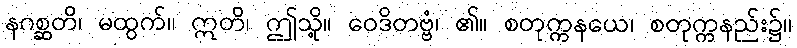
နဂစ္ဆတိ၊ မထွက်။ ဣတိ၊ ဤသို့။ ဝေဒိတဗ္ဗံ၊ ၏။ စတုက္ကနယေ၊ စတုက္ကနည်း၌။